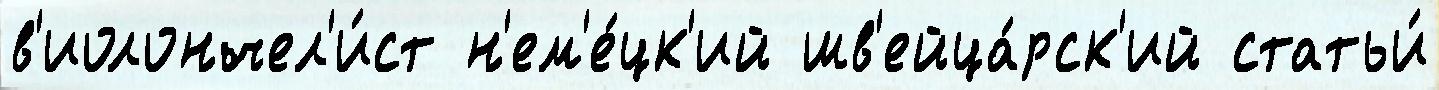
в'иолончел'и́ст н'ем'е́цк'ий шв'ейца́рск'ий статьи́